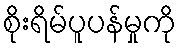
စိုးရိမ်ပူပန်မှုကို